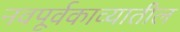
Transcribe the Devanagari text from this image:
नवपूर्वकाव्यातील